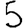
Digit: 5